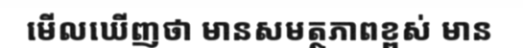
មើលឃើញថា មានសមត្ថភាពខ្ពស់ មាន